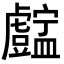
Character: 𥃓